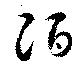
酒